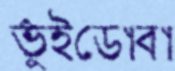
ভুঁইডোবা